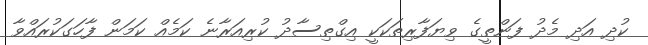
ކުދި އަދި މެދު ފަންތީގެ ވިޔަފާރިތަކަކީ އިގްތިސާދު ކުރިއަރާނެ ކަމެއް ކަމަން ފާހަގަކުރައްވާ